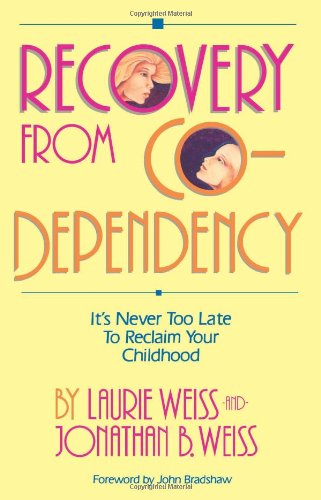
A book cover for Recovery from Co-Dependency: It's Never Too Late to Reclaim Your Childhood; Laurie Weiss; Self-Help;